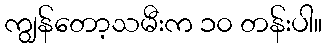
ကျွန်တော့သမီးက ၁၀ တန်းပါ။